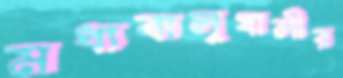
মধ্যবালুখালীর